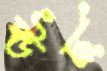
ঊর্দ্ধ